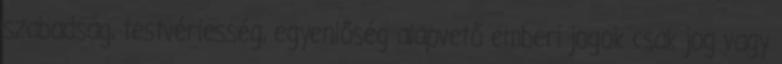
szabadság, testvériesség, egyenlőség alapvető emberi jogok csak jog vagy